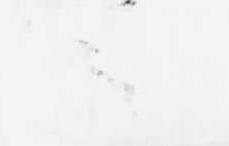
ニ